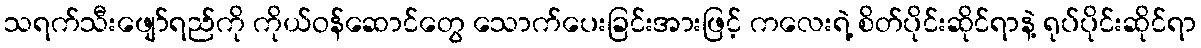
သရက်သီးဖျော်ရည်ကို ကိုယ်ဝန်ဆောင်တွေ သောက်ပေးခြင်းအားဖြင့် ကလေးရဲ့ စိတ်ပိုင်းဆိုင်ရာနဲ့ ရုပ်ပိုင်းဆိုင်ရာ